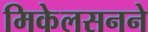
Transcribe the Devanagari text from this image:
मिकेलसनने